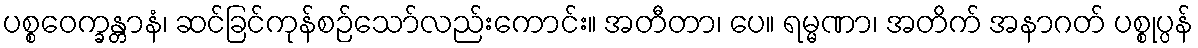
ပစ္စဝေက္ခန္တာနံ၊ ဆင်ခြင်ကုန်စဉ်သော်လည်းကောင်း။ အတီတာ၊ ပေ။ ရမ္မဏာ၊ အတိက် အနာဂတ် ပစ္စုပ္ပန်